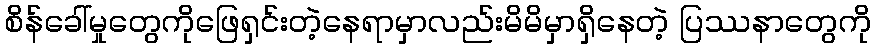
စိန်ခေါ်မှုတွေကိုဖြေရှင်းတဲ့နေရာမှာလည်းမိမိမှာရှိနေတဲ့ ပြဿနာတွေကို